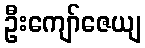
ဦးကျော်ဇေယျ